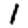
Digit: 1